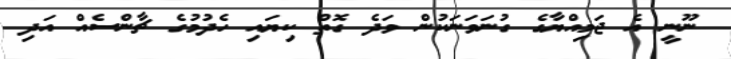
ނޫނީ އެ ޖަމިއްޔާގެ ގުނަވަނަކުން ވަދެ ގޮތް ކިޔައި ހެދުމުގެ ޗާންސެއް އަދި